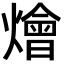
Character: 燴